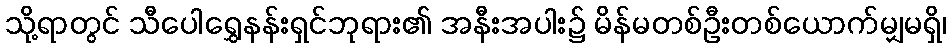
သို့ရာတွင် သီပေါရွှေနန်းရှင်ဘုရား၏ အနီးအပါး၌ မိန်မတစ်ဦးတစ်ယောက်မျှမရှိ၊